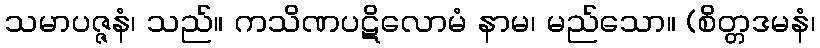
သမာပဇ္ဇနံ၊ သည်။ ကသိဏပဋိလောမံ နာမ၊ မည်သော။ (စိတ္တဒမနံ၊